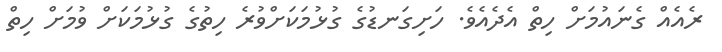
ރެއެއް ގެނައުމަށް ހިތް އެދެއެވެ. ހަށިގަނޑުގެ ގުޅުމަކަށްވުރެ ހިތުގެ ގުޅުމަކަށް ވުމަށް ހިތް